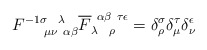
\begin{align*}F^{-1 \sigma ~~\lambda}_{~~~~\mu \nu ~\alpha \beta}\overline F_{\lambda~~\rho}^{~\alpha \beta ~ \tau \epsilon} =\delta^\sigma_\rho \delta^\tau_\mu \delta^\epsilon_\nu\end{align*}